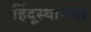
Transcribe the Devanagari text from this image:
हिंदूस्थानभर